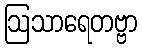
ဩသာရေတဗ္ဗာ